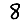
Digit: 8